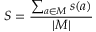
S = \frac { \sum _ { a \in M } s ( a ) } { | M | }